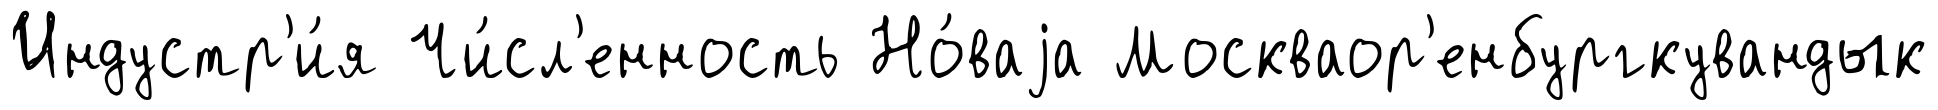
Индустр'и́я Чи́сл'енность Но́ваjа Москваор'енбургкувандык